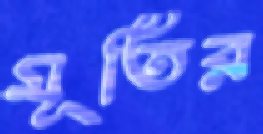
মূর্তির